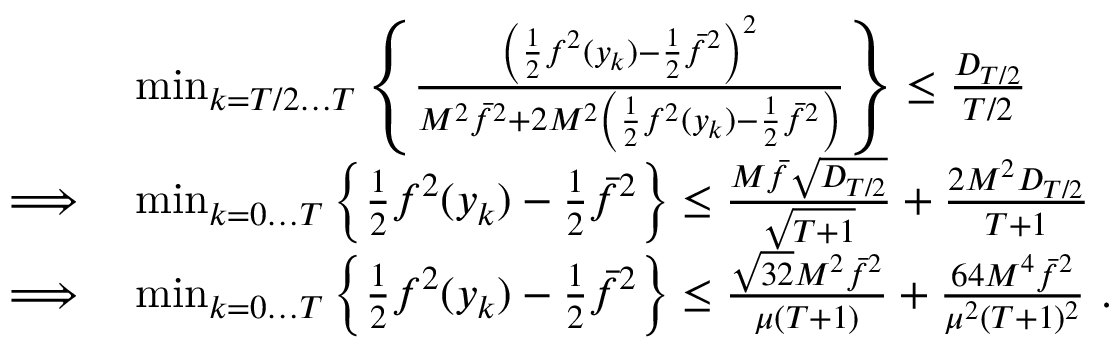
\begin{array} { r l } & { \operatorname* { m i n } _ { k = T / 2 \dots T } \left\{ \frac { \left( \frac { 1 } { 2 } f ^ { 2 } ( y _ { k } ) - \frac { 1 } { 2 } \bar { f } ^ { 2 } \right) ^ { 2 } } { M ^ { 2 } \bar { f } ^ { 2 } + 2 M ^ { 2 } \left( \frac { 1 } { 2 } f ^ { 2 } ( y _ { k } ) - \frac { 1 } { 2 } \bar { f } ^ { 2 } \right) } \right\} \leq \frac { D _ { T / 2 } } { T / 2 } } \\ { \implies } & { \operatorname* { m i n } _ { k = 0 \dots T } \left\{ \frac { 1 } { 2 } f ^ { 2 } ( y _ { k } ) - \frac { 1 } { 2 } \bar { f } ^ { 2 } \right\} \leq \frac { M \bar { f } \sqrt { D _ { T / 2 } } } { \sqrt { T + 1 } } + \frac { 2 M ^ { 2 } D _ { T / 2 } } { T + 1 } } \\ { \implies } & { \operatorname* { m i n } _ { k = 0 \dots T } \left\{ \frac { 1 } { 2 } f ^ { 2 } ( y _ { k } ) - \frac { 1 } { 2 } \bar { f } ^ { 2 } \right\} \leq \frac { \sqrt { 3 2 } M ^ { 2 } \bar { f } ^ { 2 } } { \mu ( T + 1 ) } + \frac { 6 4 M ^ { 4 } \bar { f } ^ { 2 } } { \mu ^ { 2 } ( T + 1 ) ^ { 2 } } \ . } \end{array}